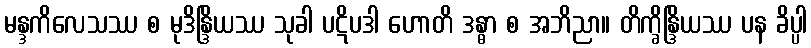
မန္ဒကိလေသဿ စ မုဒိန္ဒြိယဿ သုခါ ပဋိပဒါ ဟောတိ ဒန္ဓာ စ အဘိညာ။ တိက္ခိန္ဒြိယဿ ပန ခိပ္ပါ